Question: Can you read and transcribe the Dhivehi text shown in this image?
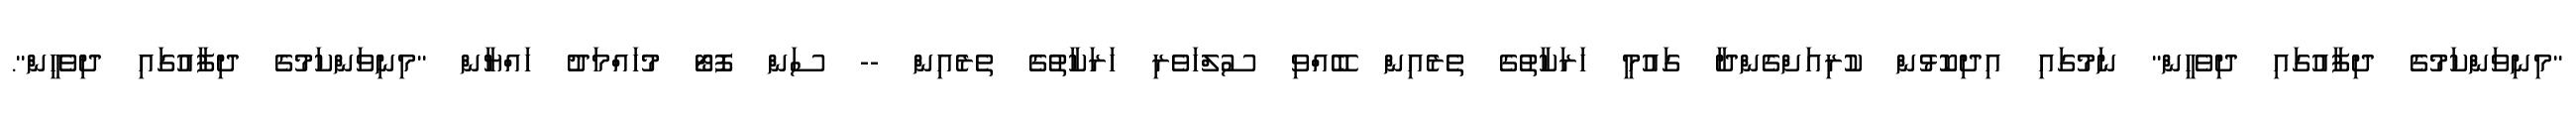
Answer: "މިނިވަންކަމުގެ ދިފާއުގައި ދިވެހީން" ނަމުގައި އިދިކޮޅުން ކުރިއަށްގެންދާ ގައުމީ ހަރަކާތުގެ ތެރެއިން ބޭއްވި ސުލްހަވެރި ހަރަކާތުގެ ތެރެއިން -- ސަން ފޮޓޯ މުހައްމަދު ހައްޔާން "މިނިވަންކަމުގެ ދިފާއުގައި ދިވެހީން".